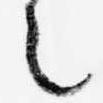
之